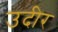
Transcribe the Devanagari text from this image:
उदीर